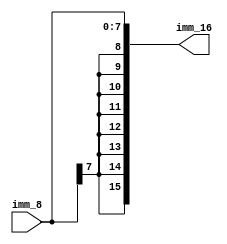
module sign_ext_8_16(
  imm_8, imm_16);
  
  input [7:0] imm_8;
  output[15:0] imm_16;
  
  assign imm_16 = {{8{imm_8[7]}}, imm_8};
endmodule